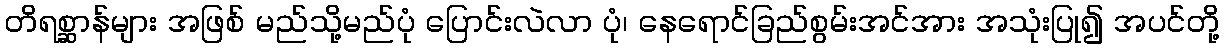
တိရစ္ဆာန်များ အဖြစ် မည်သို့မည်ပုံ ပြောင်းလဲလာ ပုံ၊ နေရောင်ခြည်စွမ်းအင်အား အသုံးပြု၍ အပင်တို့